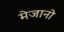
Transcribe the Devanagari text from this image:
मेजानो